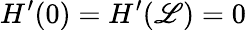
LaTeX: H^{\prime}(0)=H^{\prime}(\mathscr{L})=0